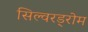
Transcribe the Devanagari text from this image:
सिल्वरड्रोम